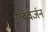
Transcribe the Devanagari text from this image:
सबवर्जन